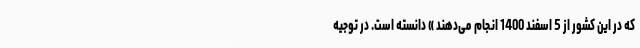
که در این کشور از 5 اسفند 1400 انجام می‌دهند » دانسته است. در توجیه